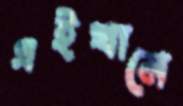
এইখানে